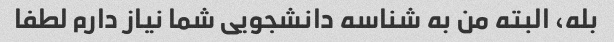
بله، البته من به شناسه دانشجویی شما نیاز دارم لطفا